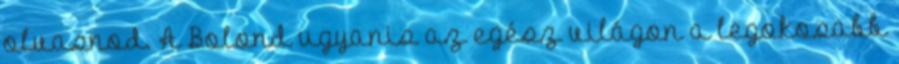
olvasnod. A Bolond ugyanis az egész világon a legokosabb